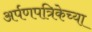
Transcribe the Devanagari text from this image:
अर्पणपत्रिकेच्या